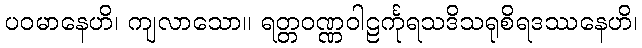
ပဝမာနေဟိ၊ ကျလာသော။ ရတ္တဝဏ္ဏဝါဠင်္ကုရသဒိသရုစိရဒဿနေဟိ၊